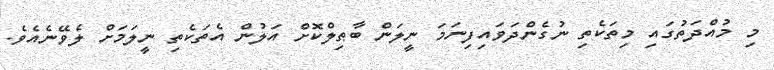
މި މުއްދަތުގައި މިތަކެތި ނުގެންދަވައިފިނަމަ ނީލަން ބާޠިލްކޮށް އަލުން އެތަކެތި ނީލަމަށް ލެވޭނެއެވެ.